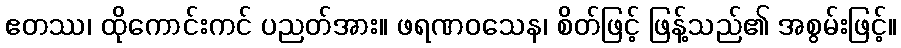
ဧတဿ၊ ထိုကောင်းကင် ပညတ်အား။ ဖရဏဝသေန၊ စိတ်ဖြင့် ဖြန့်သည်၏ အစွမ်းဖြင့်။